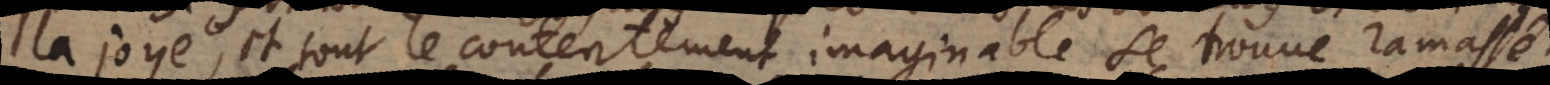
la joye, et tout le contentement imaginable se trouve ramassé.